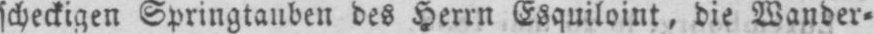
scheckigen Springtauben des Herrn Esquiloint, die Wander⸗